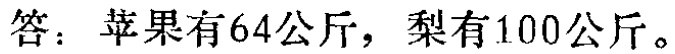
答：苹果有64公斤，梨有100公斤。